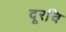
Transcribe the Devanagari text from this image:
दूरचि